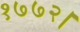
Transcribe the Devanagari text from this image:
१७७२।